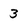
Character: 3